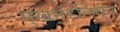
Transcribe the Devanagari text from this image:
मुखमंडलिका